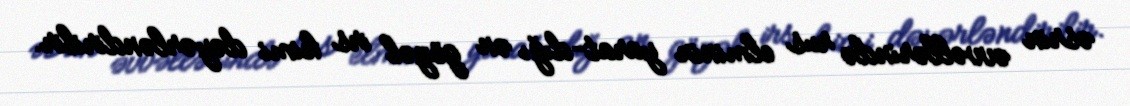
əsrin əvvəllərində rus elminin yarat-dığı ən gözəl irs kimi dəyərləndirilir.